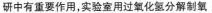
研中有重要作用，实验室用过氧化氢分解制